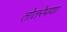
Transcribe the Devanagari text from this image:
तोतरेपणा